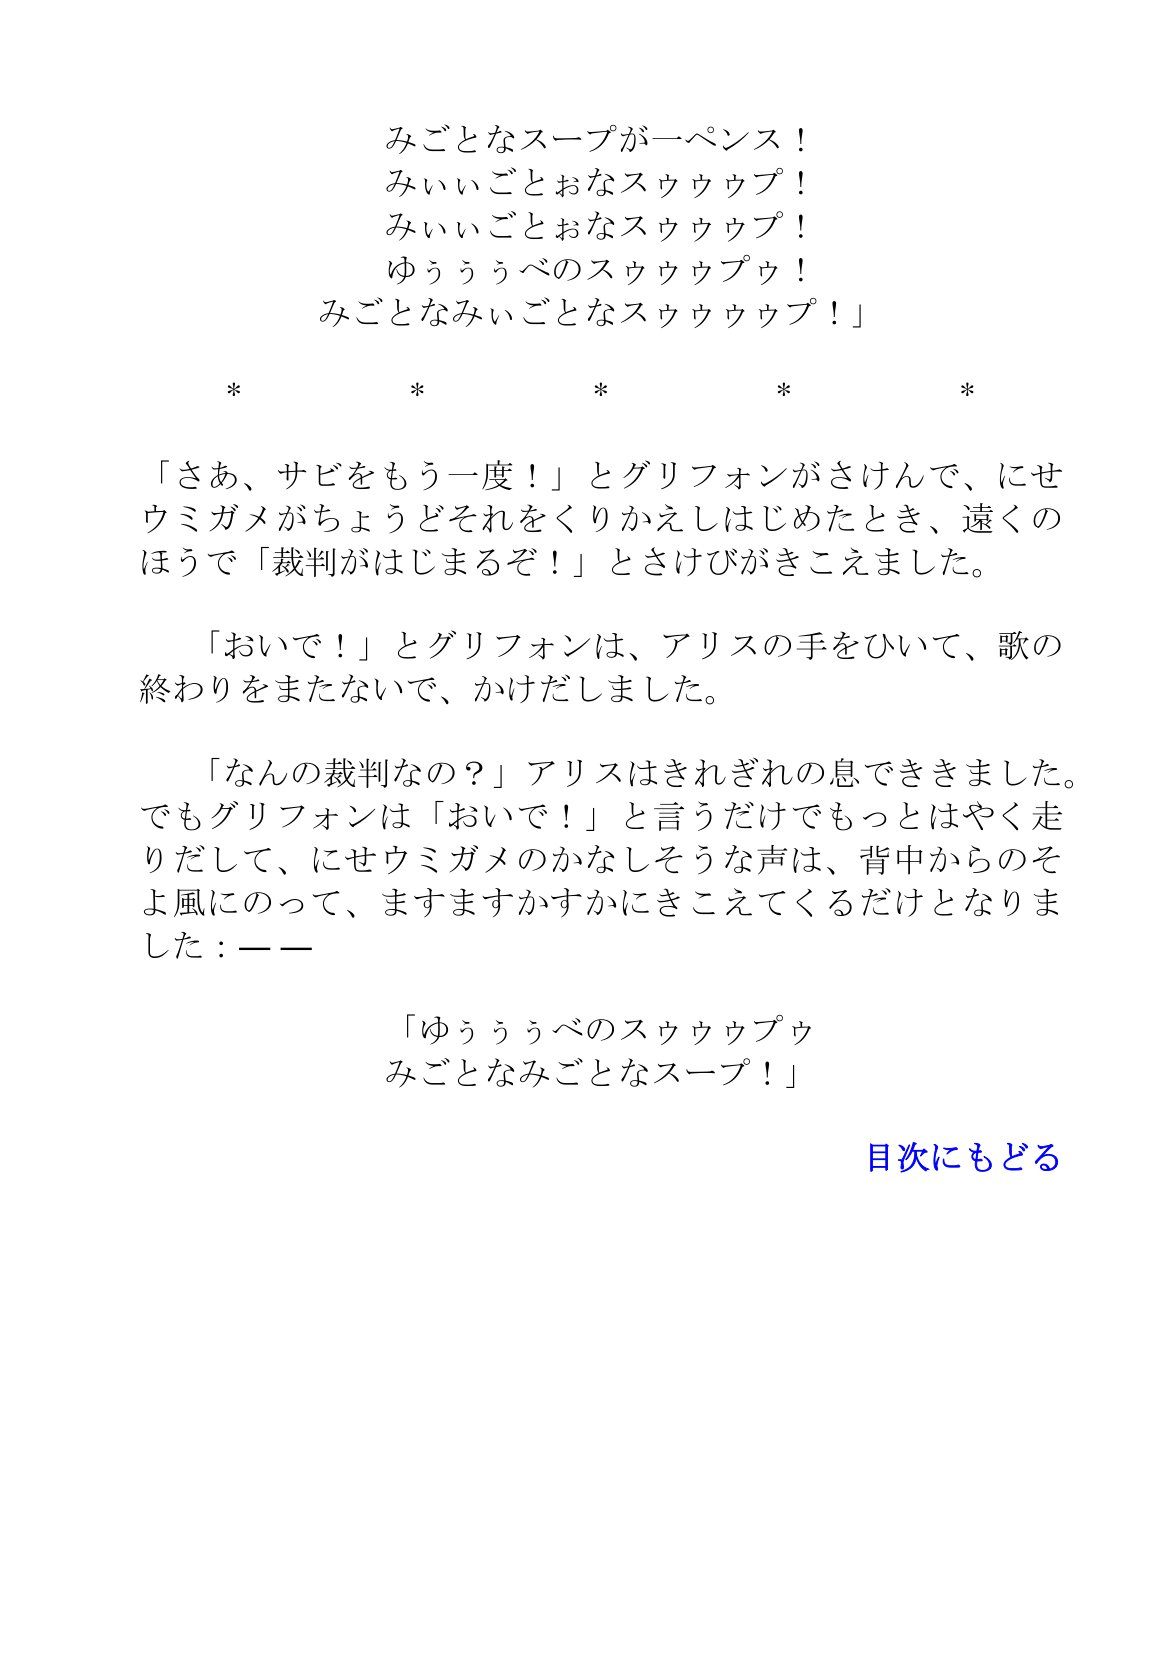
Language: ja